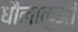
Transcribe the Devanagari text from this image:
धौलाकुआं